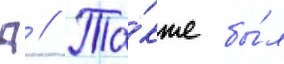
Д // Та́кже бы́л